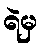
ရဲမှ